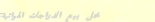
محل بيع الدراجات الهوائية